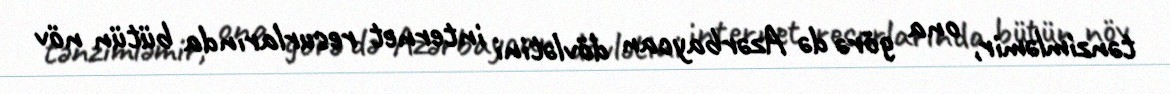
tənzimləmir, ona görə də Azərbaycan dövlətini internet resurlarında bütün növ